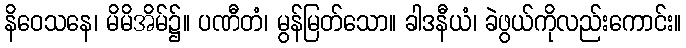
နိဝေသနေ၊ မိမိအိမ်၌။ ပဏီတံ၊ မွန်မြတ်သော။ ခါဒနီယံ၊ ခဲဖွယ်ကိုလည်းကောင်း။